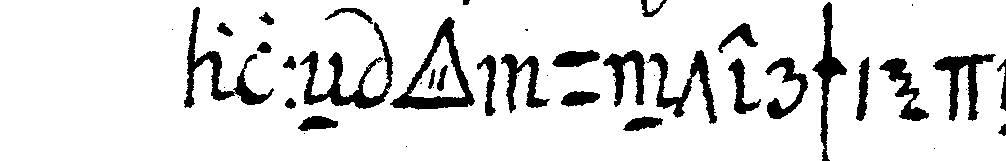
alleN *tri..* unterschiedeN .